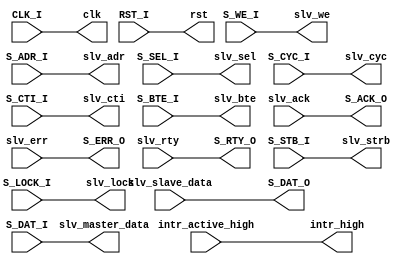
module passthru 
  #(parameter S_WB_ADR_WIDTH = 32,
    parameter S_WB_DAT_WIDTH = 32
    )
   (
    // wishbone slave signals
    input [S_WB_ADR_WIDTH-1:0] S_ADR_I,
    input [S_WB_DAT_WIDTH-1:0] S_DAT_I,
    input S_WE_I,
    input [S_WB_DAT_WIDTH/8-1:0] S_SEL_I,
    input S_STB_I,
    input S_CYC_I,
    input S_LOCK_I,
    input [2:0] S_CTI_I,
    input [1:0] S_BTE_I,
    output [S_WB_DAT_WIDTH-1:0] S_DAT_O,
    output S_ACK_O,
    output S_ERR_O,
    output S_RTY_O,
    // clk/reset   
    output clk,
    output rst,
    // external signals (slave passthru)
    output [S_WB_ADR_WIDTH-1:0] slv_adr,
    output [S_WB_DAT_WIDTH-1:0] slv_master_data,
    input [S_WB_DAT_WIDTH-1:0] slv_slave_data,
    output slv_strb,
    output slv_cyc,
    input slv_ack,
    input slv_err,
    input slv_rty,
    output [S_WB_DAT_WIDTH/8-1:0] slv_sel,
    output slv_we,
    output [1:0] slv_bte,
    output [2:0] slv_cti,
    output slv_lock,
    //
    // others
    //
    input CLK_I,
    input RST_I,
    output intr_high,
    input intr_active_high
   );

        //----------------------------------------------------
        //
        // pass signals to an external entity (slave-passthru)
        //
        //----------------------------------------------------
        assign      slv_adr         =   S_ADR_I;
        assign      slv_master_data =   S_DAT_I;
        assign      S_DAT_O         =   slv_slave_data;
        assign      slv_strb        =   S_STB_I;
        assign      slv_cyc         =   S_CYC_I;
        assign      S_ACK_O         =   slv_ack;
        assign      S_ERR_O         =   slv_err;
        assign      S_RTY_O         =   slv_rty;
        assign      slv_sel         =   S_SEL_I;
        assign      slv_we          =   S_WE_I;
        assign      slv_bte         =   S_BTE_I;
        assign      slv_cti         =   S_CTI_I;
        assign      slv_lock        =   S_LOCK_I;
        assign      clk             =   CLK_I;
        assign      rst             =   RST_I;
        assign      intr_high       =   intr_active_high;

endmodule